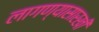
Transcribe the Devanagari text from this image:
लागण्यासारखी